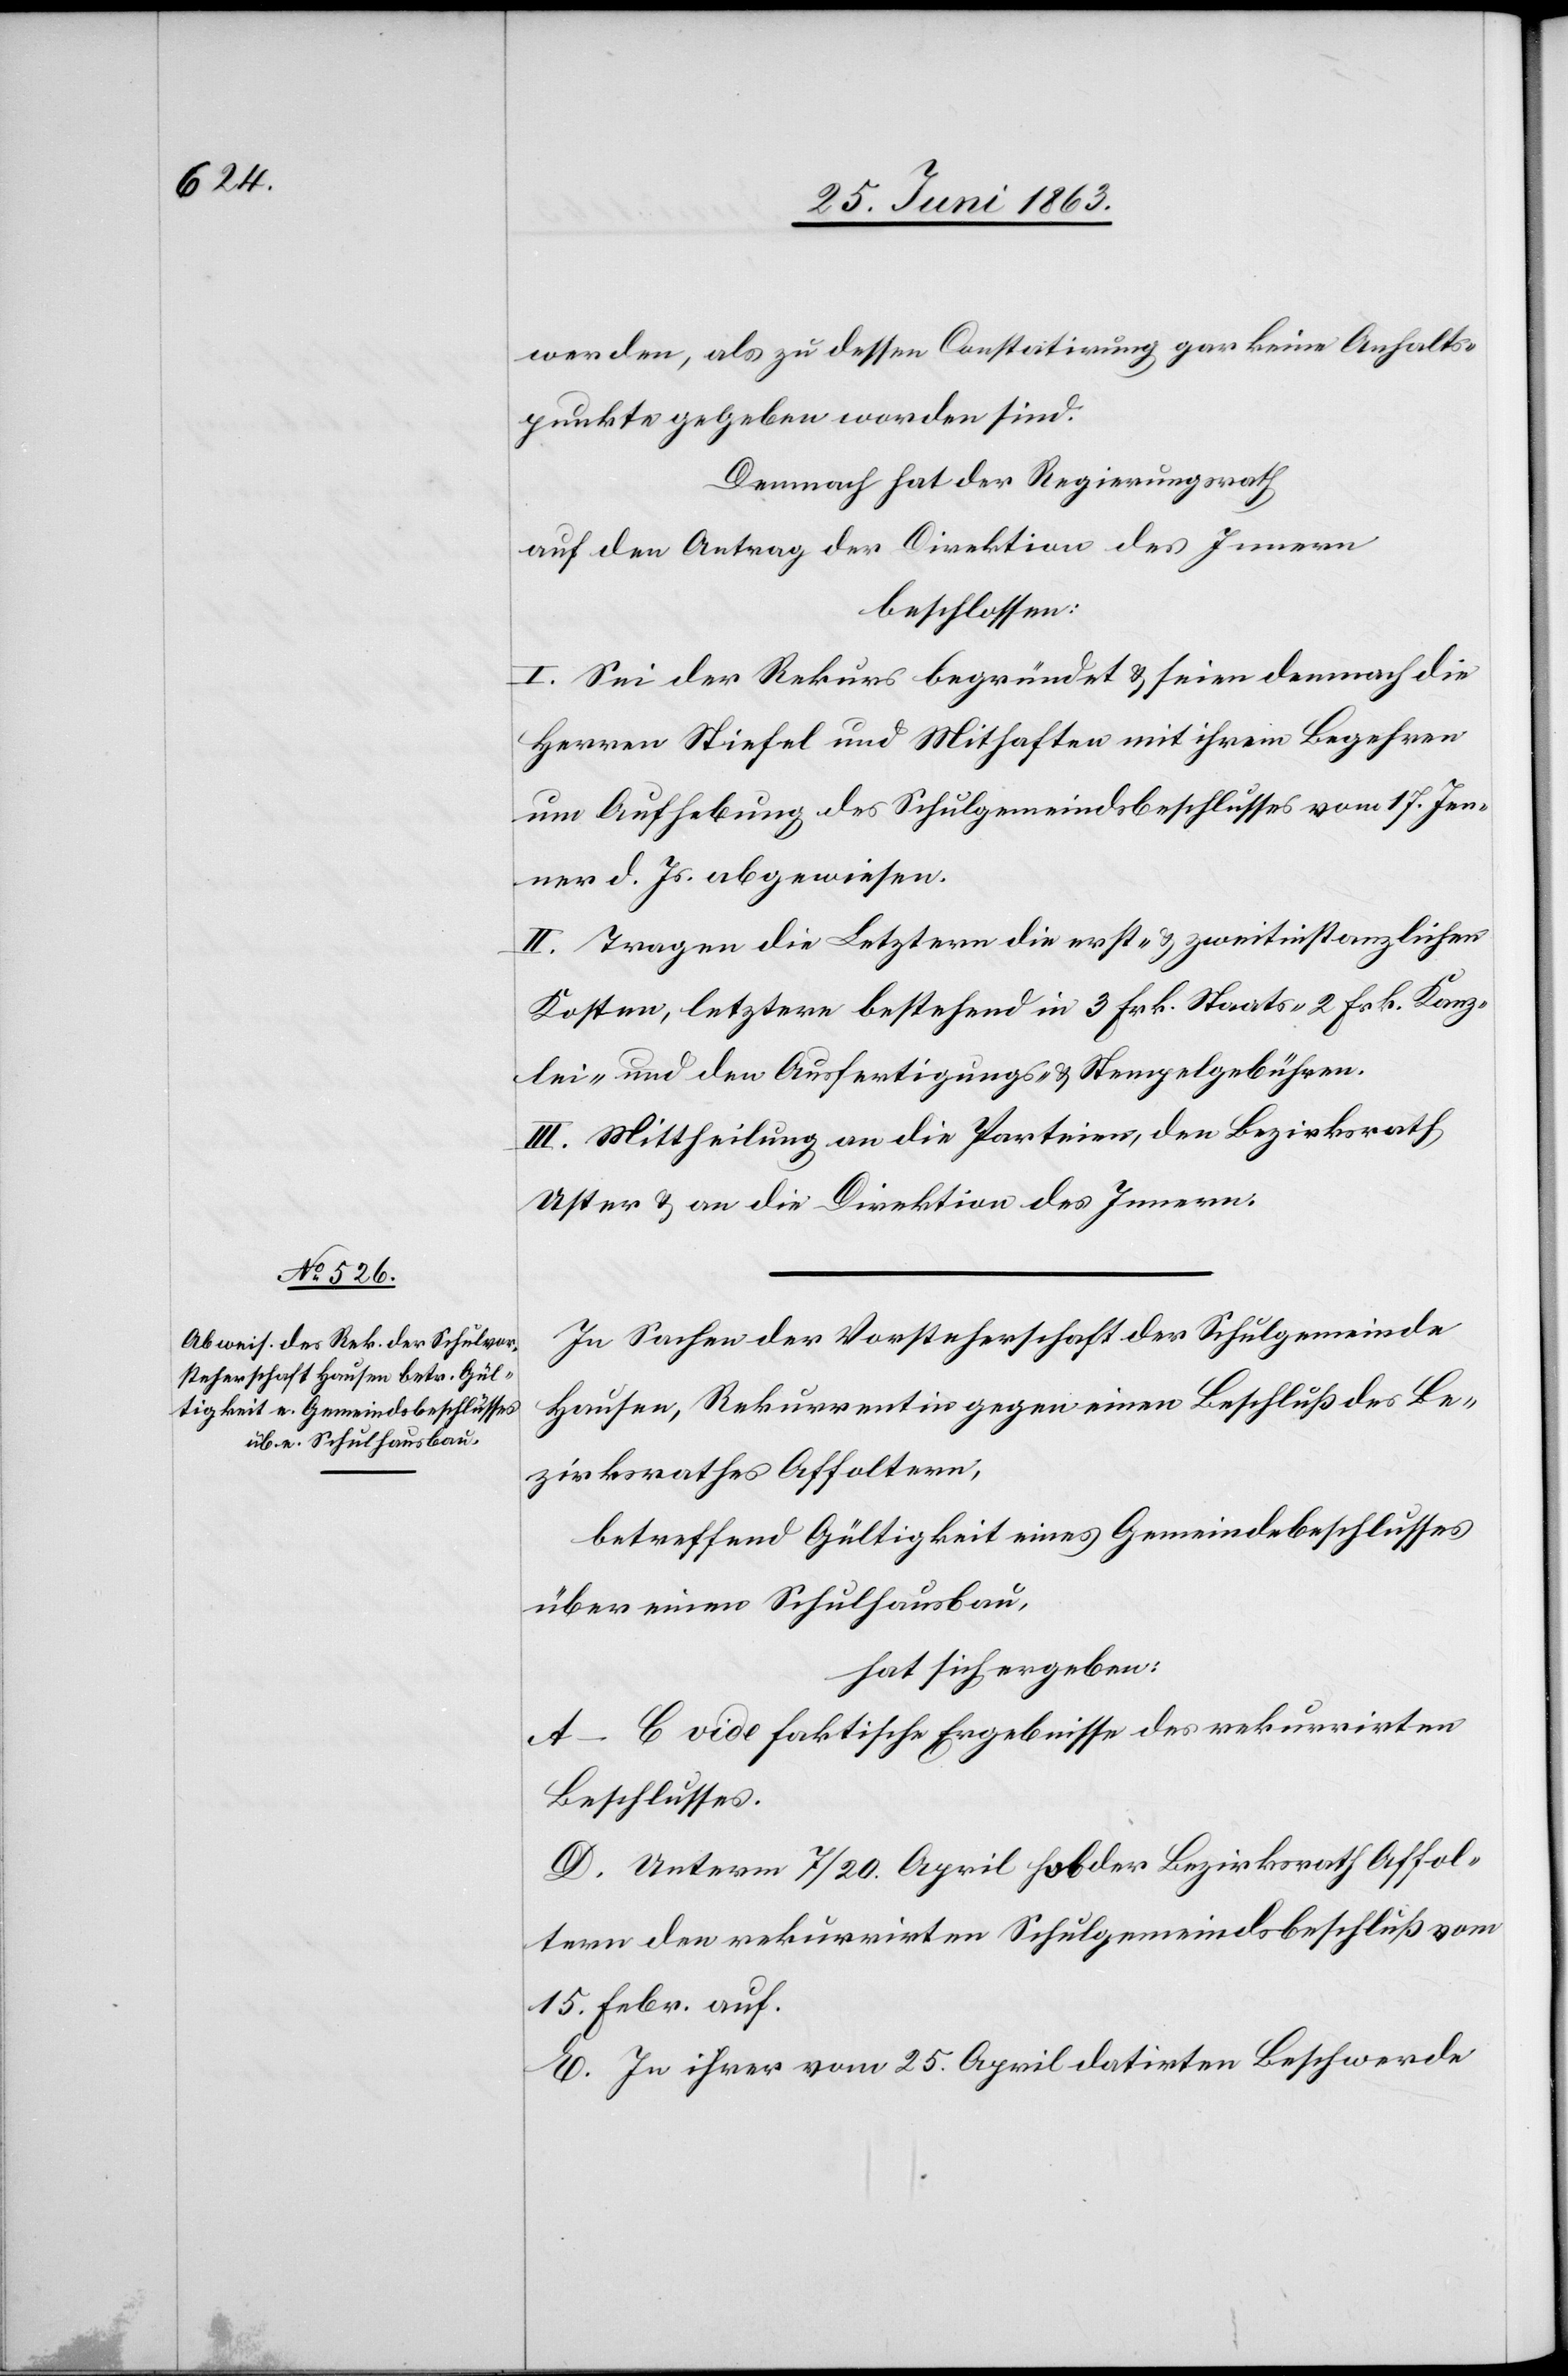
werden, als zu dessen Constatirung gar keine Anhalts¬
punkte gegeben worden sind.
Demnach hat der Regierungsrath
auf den Antrag der Direktion des Innern
beschlossen:
I. Sei der Rekurs begründet & seien demnach die
Herren Stiefel und Mithafte mit ihrem Begehren
um Aufhebung des Schulgemeindsbeschlusses vom 17. Jen¬
ner d. Js. abgewiesen.
II. Tragen die Letztern die erst- & zweitinstanzlichen
Kosten, letztere bestehend in 3 Frk. Staats-[,] 2 Frk. Kanz¬
lei- und den Ausfertigungs- & Stempelgebühren.
III. Mittheilung an die Parteien, den Bezirksrath
Uster & an die Direktion des Innern.
In Sachen der Vorsteherschaft der Schulgemeinde
Hausen, Rekurrentin gegen einen Beschluß des Be¬
zirksrathes Affoltern,
betreffend Gültigkeit eines Gemeindebeschlusses
über einen Schulhausbau,
hat sich ergeben:
A–C vide faktische Ergebnisse des rekurrirten
Beschlusses.
D. Unterm 7/20. April hob der Bezirksrath Affol¬
tern den rekurrirten Schulgemeindsbeschluß vom
15. Febr. auf.
E. In ihrer vom 25. April datirten Beschwerde